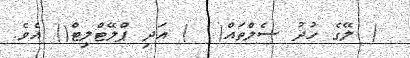
) ލޭގެ ހުދު ސެލްތައް(  ) އަދި ޕްލޭޓްލިޓް() އެވެ.